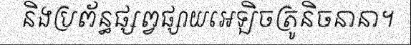
និងប្រព័ន្ធផ្សព្វផ្សាយអេឡិចត្រូនិចនានា។